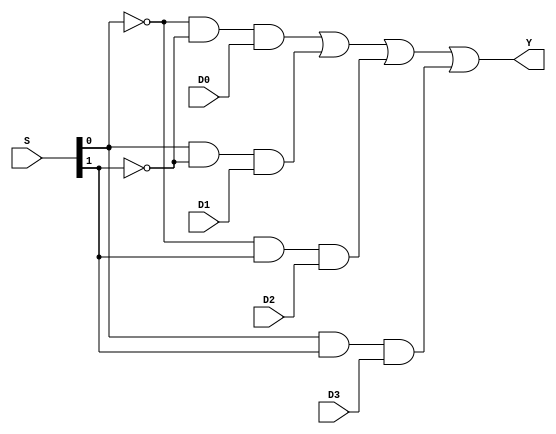
module Mux4to1(
    input wire [1:0] S,
    input wire D0, 
    input wire D1, 
    input wire D2, 
    input wire D3,
    output wire Y
);

//
wire and1 = ~S[0] & ~S[1];
wire and2 = S[0] & ~S[1];
wire and3 = ~S[0] & S[1];
wire and4 = S[0] & S[1];

//
wire _and1 = and1 & D0;
wire _and2 = and2 & D1;
wire _and3 = and3 & D2;
wire _and4 = and4 & D3;


assign Y = _and1 | _and2 | _and3 | _and4;

endmodule